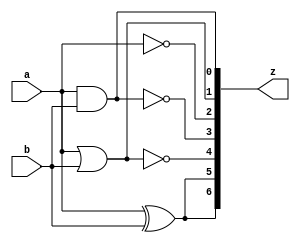
`timescale 1ns / 1ps
//////////////////////////////////////////////////////////////////////////////////
// Company: 
// Engineer: 
// 
// Design Name: 
// Module Name:    logicgate 
// Project Name: 
// Target Devices: 
// Tool versions: 
// Description: 
//
// Dependencies: 
//
// Revision: 
// Revision 0.01 - File Created
// Additional Comments: 
//
//////////////////////////////////////////////////////////////////////////////////
module logicgate(
    input a,b,
    output [6:0]z
    );
	 assign z[0]=a&b;      //AND
	 assign z[1]=a|b;      //OR
	 assign z[2]=~a;       //NOT
	 assign z[3]=~(a&b);   //NAND
	 assign z[4]=~(a|b);   //NOR
	 assign z[5]=a^b;      //Ex-OR
	 assign z[6]=(a^b);    //Ex-NOR
	 


endmodule